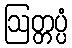
ဩတ္တပ္ပံ